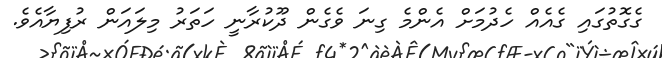
ގެގޮތުގައި ގެއެއް ހެދުމަށް އެންމެ ގިނަ ވެގެން ދޫކުރާނީ ހަތަރު މިލައަން ރުފިޔާއެވެ.